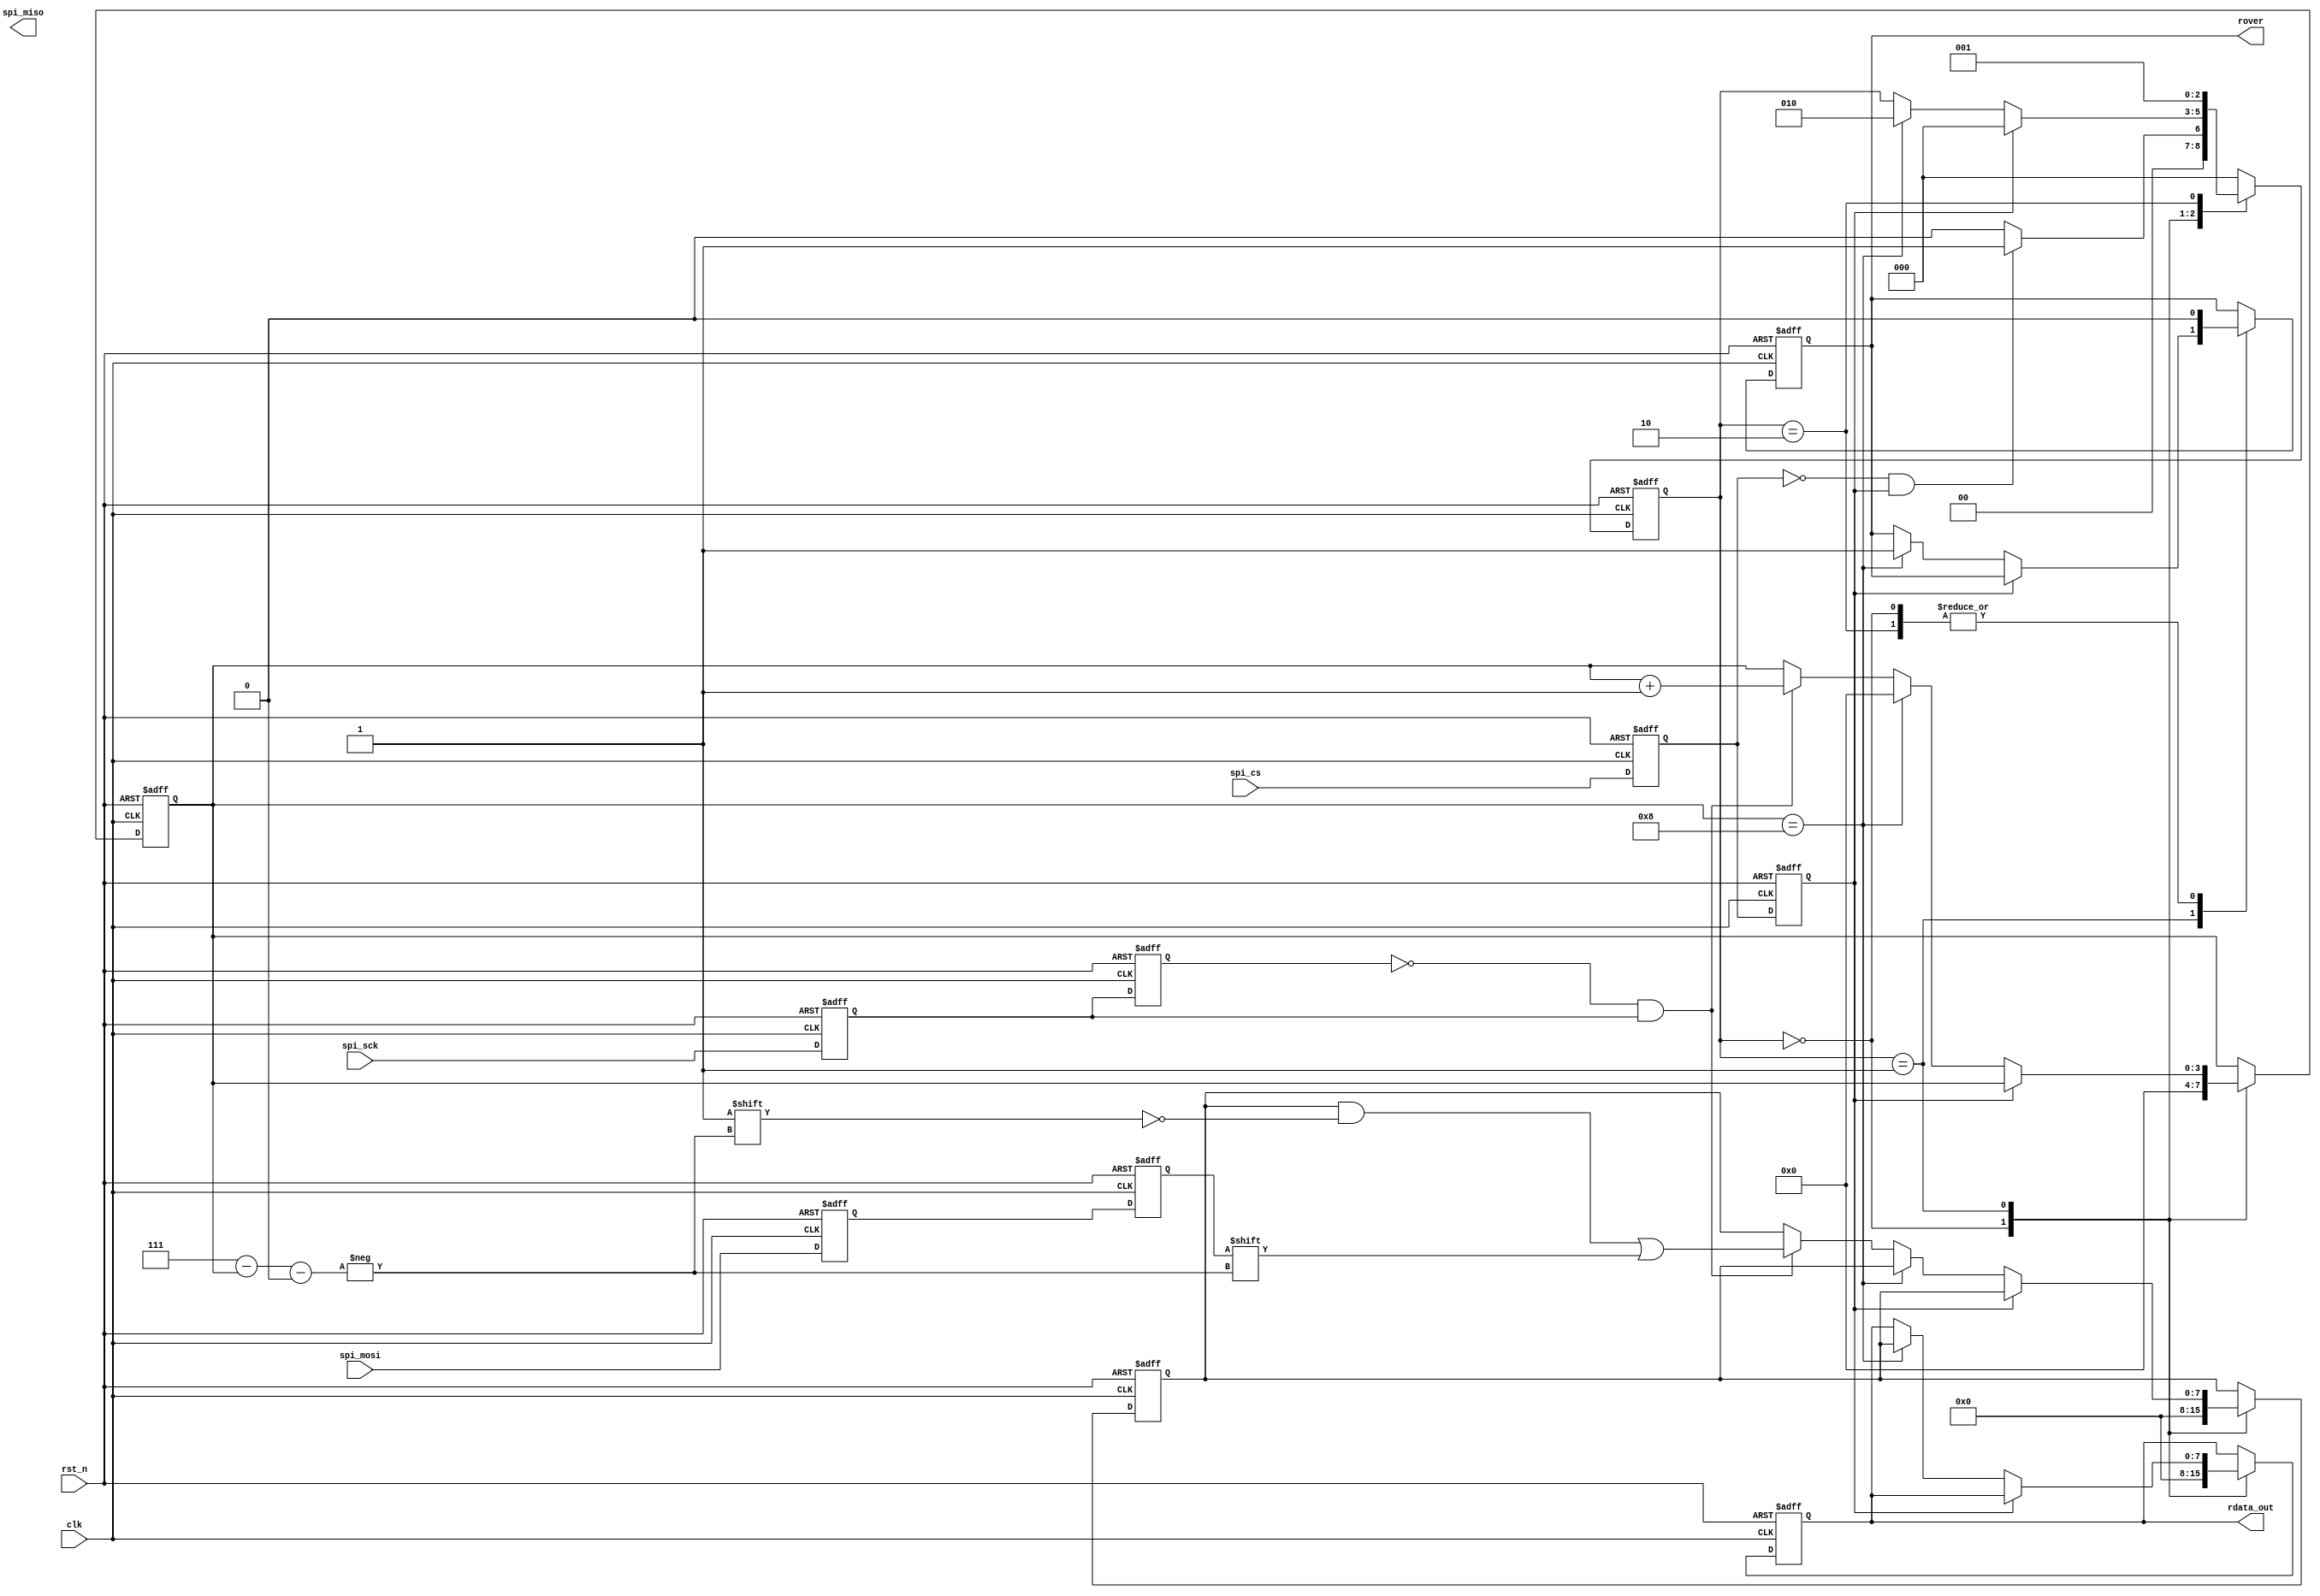
/********************************Copyright**************************************                           
**----------------------------File information--------------------------
** Funtions   :SPIFPGA
** Operate on :M5C06N3L114C7
** Copyright  :All rights reserved. 
** Version    :V1.0
**---------------------------Modify the file information----------------
** Modified by   :
** Modified data :        
** Modify Content:
*******************************************************************************/
 

  module  spi_slave_rxd  (
                                 clk,
                                 rst_n,
                       
                                 spi_cs,
                                 spi_sck,
                                 spi_miso,
                                 spi_mosi,
                                 
                                 rdata_out,
                                 rover
                                     );
     input          clk;
     input          rst_n;
     
     input         spi_cs;
     input         spi_sck;
     input         spi_mosi;
     output        spi_miso;
     
     output reg [7:0] rdata_out;
     output reg       rover;
 //---------------------------------------
   reg           spi_cs_0,spi_cs_1;  /*  */
     reg           spi_sck_0,spi_sck_1;
     reg           spi_mosi_0,spi_mosi_1;
     wire          spi_sck_pos;
//     wire          spi_sck_neg;
     wire          spi_cs_pos;
     wire          spi_cs_neg;
     wire          spi_cs_flag;
     wire          spi_miso_flag;
     always @(posedge clk or negedge rst_n)
     begin
      if(!rst_n)
       begin
          {spi_cs_1,spi_cs_0} <= 2'b11;
                {spi_sck_1,spi_sck_0} <= 2'b00;
                {spi_mosi_1,spi_mosi_0} <= 2'b00;
        end
      else 
        begin
          {spi_cs_1,spi_cs_0} <= {spi_cs_0,spi_cs}; 
                {spi_sck_1,spi_sck_0} <= {spi_sck_0,spi_sck};
                {spi_mosi_1,spi_mosi_0} <= {spi_mosi_0,spi_mosi};
        end
      end
        assign  spi_sck_pos = ~spi_sck_1 &spi_sck_0;  /*  */
//        assign  spi_sck_neg = ~spi_sck_0 &spi_sck_1;  /*  */
      assign  spi_cs_pos  = ~spi_cs_1&spi_cs_0;      /* spi_cs */
        assign  spi_cs_neg  = ~spi_cs_0&spi_cs_1;    /* spi_cs */
      assign  spi_cs_flag = spi_cs_1;
        assign  spi_miso_flag = spi_mosi_1;
    //----------------------------------------------------------
    localparam  idel = 3'd0;
    localparam  rxd_sta = 3'd1;
    localparam  rxd_over = 3'd2;    
      reg  [3:0]   cnt;
      reg  [7:0]   rdata;
        reg  [2:0]   state;
        always @(posedge clk or negedge rst_n)
         begin
          if(!rst_n)
           begin
             cnt <= 0;
                 rdata <= 0;
                 state <= idel;
                 rover <= 0;
                 rdata_out <= 0;
            end
            else 
                begin
                    case(state)    
                     idel:
                       begin
                            cnt <= 0;
                      rdata <= 0;
                            rover <= 0;
                            rdata_out <= 0;
                            if(spi_cs_neg) 
                               state <= rxd_sta;
                             else 
                                 state <= idel;
                            end
                   rxd_sta:
                       begin
                                if(spi_cs_flag) 
                                  state <= idel;
                                 else 
                                     begin
//                                         if((cnt == 8)&&(spi_sck_neg))     /*  */
                                         if((cnt == 8))      
                                           begin
                                                    cnt <= 0;
                                                    state <= rxd_over;
                                                    rdata_out <= rdata;
                                                    rover <= 1;
                                                end
                                          else 
                                              begin
                                                 if(spi_sck_pos)
                                                        begin
                                                         cnt <= cnt + 1;  /* cnt=8 */    
                                                         rdata[4'd7 - cnt] <= spi_miso_flag;  /*  */
                                                        end
                                                 else
                                                        begin
                                                            cnt <= cnt ;  
                                                            rdata <= rdata;                      
                                                        end     
                                            end                                         
                                        end
                            end
                     rxd_over:
                        begin
                                rover<= 0;    
                                state <= rxd_sta;    
                             end
                default :    state <= idel;         
             endcase
      end    
  end
    
//    assign rdata_out = rdata;
//          else if(!psi_cs_flag)
//            begin
//             if(spi_sck_pos)
//                  begin
//                         cnt <= cnt + 1;  /* cnt=8 */    
//                         rdata[4'd7 - cnt] <= spi_miso_flag;  /*  */
//                        end
//                 else
//                        begin
//                            cnt <= cnt ;  
//                          rdata <= rdata;                      
//                        end
//            end
//             else 
//                 begin
//                            cnt <= 0 ;  
//                          rdata <= rdata;          /*  */              
//                 end    
//          end
//            
//      //------------------------
//     always @(posedge clk or negedge rst_n)
//     begin
//      if(!rst_n)
//       begin
//          rdata_out <= 8'd0;
//                rover <= 0;
//        end
//      else if(spi_cs_pos)
//        begin
//              rdata_out <= rdata; /*  */
//                rover <= 1;         /*  */
//        end
//        else 
//            begin
//              rdata_out <= rdata_out;  /*  */   
//                rover <= 0;        /*  */
//        end
//      end
 
    endmodule